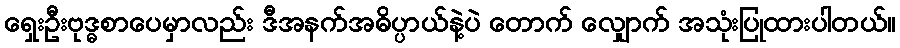
ရှေးဦးဗုဒ္ဓစာပေမှာလည်း ဒီအနက်အဓိပ္ပာယ်နဲ့ပဲ တောက် လျှောက် အသုံးပြုထားပါတယ်။